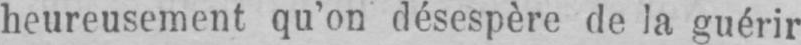
heureusement qu’on désespère de la guérir